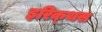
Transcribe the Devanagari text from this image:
इरिक्थस